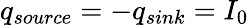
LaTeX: q_{source}=-q_{sink}=I_{0}